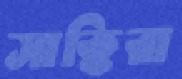
সাক্কিরা